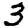
Digit: 3